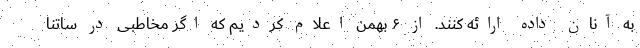
به آنان داده ارائه کنند. از ۶ بهمن اعلام کردیم که اگر مخاطبی در ساتنا